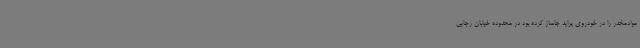
موادمخدر را در خودروی پراید جاساز کرده بود در محدوده خیابان رجایی